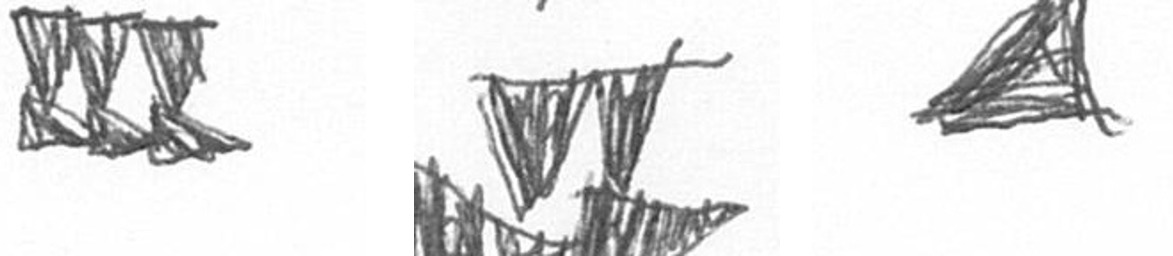
D B O